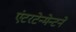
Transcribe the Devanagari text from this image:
एंटरटेन्मेन्टने